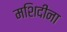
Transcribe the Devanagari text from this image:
मशिदींना